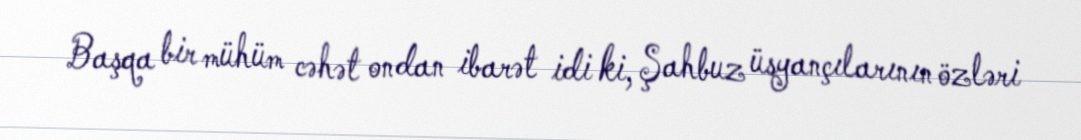
Başqa bir mühüm cəhət ondan ibarət idi ki, Şahbuz üsyançılarının özləri